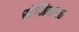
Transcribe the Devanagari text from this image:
संनिकटत